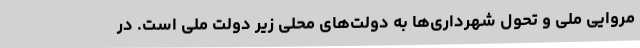
مروایی ملی و تحول شهرداری‌ها به دولت‌های محلی زیر دولت ملی است. در